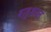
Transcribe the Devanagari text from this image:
बाहुशाल